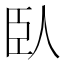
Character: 臥